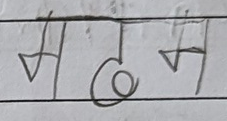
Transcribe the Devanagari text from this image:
मदन